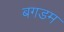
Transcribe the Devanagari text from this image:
बगडम